Papers set at the Examination for Leaving Certificates, 1892
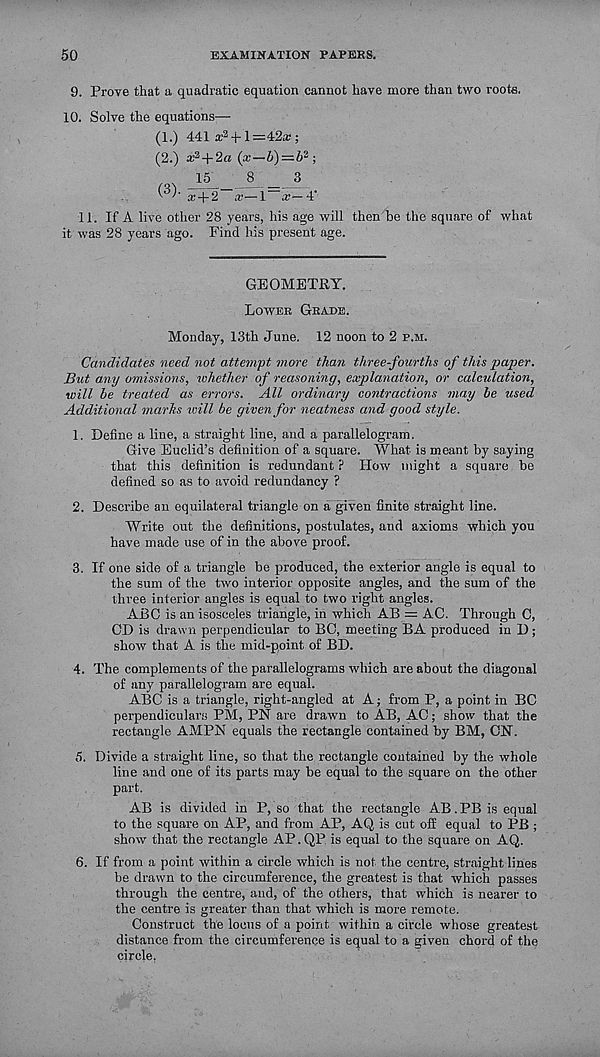
50
EXAMINATION PAPERS.
9. Prove that a quadratic equation cannot have more than two roote.
10. Solve the equations—
(1.) 441 x 2 -j- l=42a;;
(2.) x 2 + 2a (x—b)=b 2 ;
_15_ JS
3
x + 2 x—1 x— i'
11. If A live other 28 years, his age will then be the square of what
it was 28 years ago. Find his present age.
GEOMETRY.
Lower Grade.
Monday, 13th June. 12 noon to 2 p.m.
Candidates need not attempt more than three-fourths of this paper.
But any omissions, whether of reasoning, explanation, or calculation,
will be treated as errors. All ordinary contractions may be used
Additional marks icill be given for neatness and good style.
1. Define a line, a straight line, and a parallelogram.
Give Euclid’s definition of a square. What is meant by saying
that this definition is redundant ? How might a square be
defined so as to avoid redundancy ?
2. Describe an equilateral triangle on a given finite straight line.
Write out the definitions, postulates, and axioms which you
have made use of in the above proof.
3. If one side of a triangle be produced, the exterior angle is equal to
the sum of the two interior opposite angles, and the sum of the
three interior angles is equal to two right angles.
ABC is an isosceles triangle, in which AB = AC. Through C,
CD is drawn perpendicular to BC, meeting BA produced in D;
show that A is the mid-point of BD.
4. The complements of the parallelograms which are about the diagonal
of any parallelogram are equal.
ABC is a triangle, right-angled at A; from P, a point in BC
perpendiculars PM, PN are drawn to AB, AC; show that the
rectangle AMPN equals the rectangle contained by BM, CN.
5. Divide a straight line, so that the rectangle contained by the whole
line and one of its parts may be equal to the square on the other
part.
AB is divided in P, so that the rectangle AB. PB is equal
to the square on AP, and from AP, AQ is cut oS equal to PB ;
show that the rectangle AP. QP is equal to the square on AQ.
6. If from a point within a circle which is not the centre, straight lines
be drawn to the circumference, the greatest is that which passes
through the centre, and, of the others, that which is nearer to
the centre is greater than that which is more remote.
Construct the locus of a point within a circle whose greatest
distance from the circumference is equal to a given chord of the
circle.